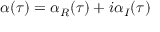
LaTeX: \: \alpha ( \tau ) = \alpha _ { R } ( \tau ) + i \alpha _ { I } ( \tau ) \: